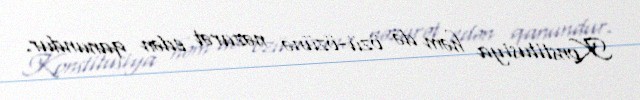
Konstitusiya həm də özü-özünə nəzarət edən qanundur.